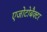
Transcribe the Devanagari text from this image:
एजोटोबैक्टर